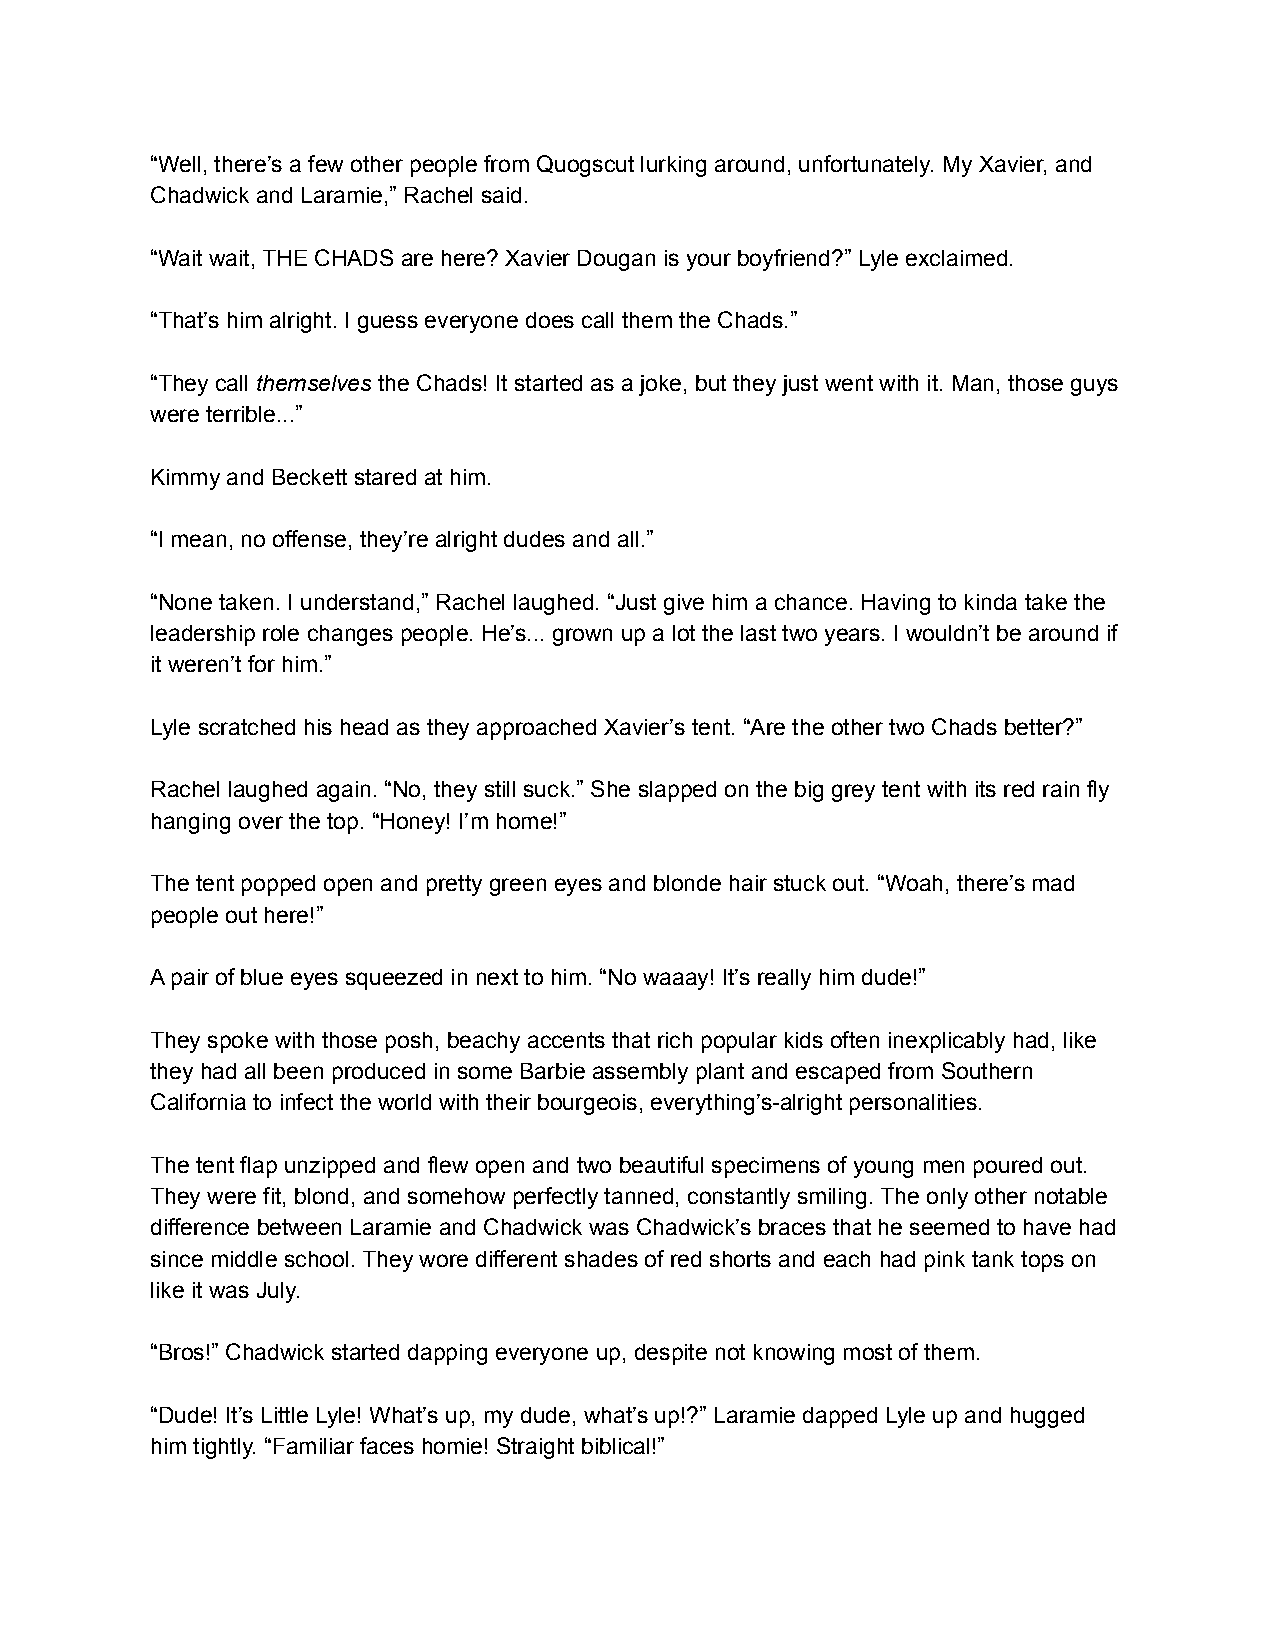
“Well, there’s a few other people from Quogscut lurking around, unfortunately. My Xavier, and
 Chadwick and Laramie,” Rachel said.
 “Wait wait, THE CHADS are here? Xavier Dougan is your boyfriend?” Lyle exclaimed.
 “That’s him alright. I guess everyone does call them the Chads.”
 “They call themselves the Chads! It started as a joke, but they just went with it. Man, those guys
 were terrible...”
 Kimmy and Beckett stared at him.
 “I mean, no offense, they’re alright dudes and all.”
 “None taken. I understand,” Rachel laughed. “Just give him a chance. Having to kinda take the
 leadership role changes people. He’s... grown up a lot the last two years. I wouldn’t be around if
 it weren’t for him.”
 Lyle scratched his head as they approached Xavier’s tent. “Are the other two Chads better?”
 Rachel laughed again. “No, they still suck.” She slapped on the big grey tent with its red rain fly
 hanging over the top. “Honey! I’m home!”
 The tent popped open and pretty green eyes and blonde hair stuck out. “Woah, there’s mad
 people out here!”
 A pair of blue eyes squeezed in next to him. “No waaay! It’s really him dude!”
 They spoke with those posh, beachy accents that rich popular kids often inexplicably had, like
 they had all been produced in some Barbie assembly plant and escaped from Southern
 California to infect the world with their bourgeois, everything’s-alright personalities.
 The tent flap unzipped and flew open and two beautiful specimens of young men poured out.
 They were fit, blond, and somehow perfectly tanned, constantly smiling. The only other notable
 difference between Laramie and Chadwick was Chadwick’s braces that he seemed to have had
 since middle school. They wore different shades of red shorts and each had pink tank tops on
 like it was July.
 “Bros!” Chadwick started dapping everyone up, despite not knowing most of them.
 “Dude! It’s Little Lyle! What’s up, my dude, what’s up!?” Laramie dapped Lyle up and hugged
 him tightly. “Familiar faces homie! Straight biblical!”